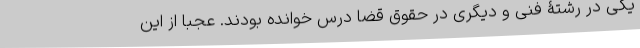
یکی در رشتۀ فنی و دیگری در حقوق قضا درس خوانده بودند. عجبا از این